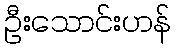
ဦးသောင်းဟန်